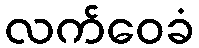
လက်ဝေခံ